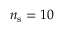
n _ { \mathrm { s } } = 1 0